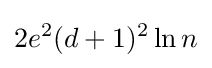
2e^{2}(d+1)^{2}\ln n